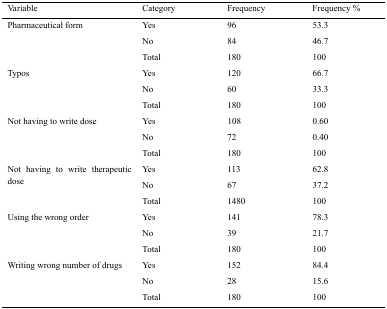
<table><thead><tr><td><b>Variable</b></td><td><b>Category</b></td><td><b>Frequency</b></td><td><b>Frequency %</b></td></tr></thead><tbody><tr><td rowspan="3">Pharmaceutical form</td><td>Yes</td><td>96</td><td>53.3</td></tr><tr><td>No</td><td>84</td><td>46.7</td></tr><tr><td>Total</td><td>180</td><td>100</td></tr><tr><td rowspan="3">Typos</td><td>Yes</td><td>120</td><td>66.7</td></tr><tr><td>No</td><td>60</td><td>33.3</td></tr><tr><td>Total</td><td>180</td><td>100</td></tr><tr><td rowspan="3">Not having to write dose</td><td>Yes</td><td>108</td><td>0.60</td></tr><tr><td>No</td><td>72</td><td>0.40</td></tr><tr><td>Total</td><td>180</td><td>100</td></tr><tr><td rowspan="3">Not having to write therapeutic dose</td><td>Yes</td><td>113</td><td>62.8</td></tr><tr><td>No</td><td>67</td><td>37.2</td></tr><tr><td>Total</td><td>1480</td><td>100</td></tr><tr><td rowspan="3">Using the wrong order</td><td>Yes</td><td>141</td><td>78.3</td></tr><tr><td>No</td><td>39</td><td>21.7</td></tr><tr><td>Total</td><td>180</td><td>100</td></tr><tr><td rowspan="3">Writing wrong number of drugs</td><td>Yes</td><td>152</td><td>84.4</td></tr><tr><td>No</td><td>28</td><td>15.6</td></tr><tr><td>Total</td><td>180</td><td>100</td></tr></tbody></table>